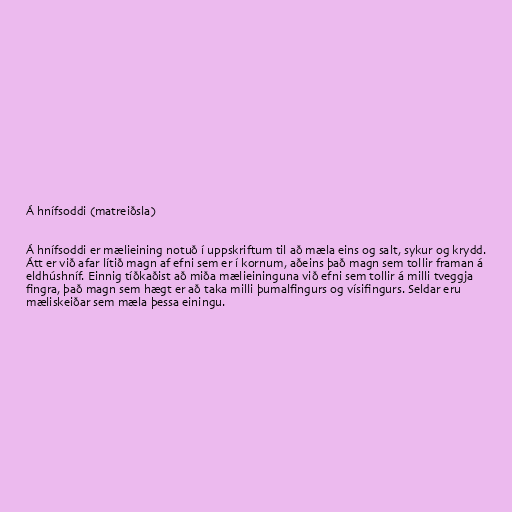
Á hnífsoddi (matreiðsla)

Á hnífsoddi er mælieining notuð í uppskriftum til að mæla eins og salt, sykur og krydd.
Átt er við afar lítið magn af efni sem er í kornum, aðeins það magn sem tollir framan á
eldhúshníf. Einnig tíðkaðist að miða mælieininguna við efni sem tollir á milli tveggja
fingra, það magn sem hægt er að taka milli þumalfingurs og vísifingurs. Seldar eru
mæliskeiðar sem mæla þessa einingu.